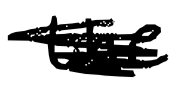
Text: the
Cross-out: scratch
Writing tool: digital_black